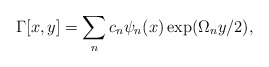
\begin{align*}\Gamma[x,y]=\sum_n c_n \psi_n(x)\exp(\Omega_n y/2),\end{align*}